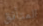
المتأنق